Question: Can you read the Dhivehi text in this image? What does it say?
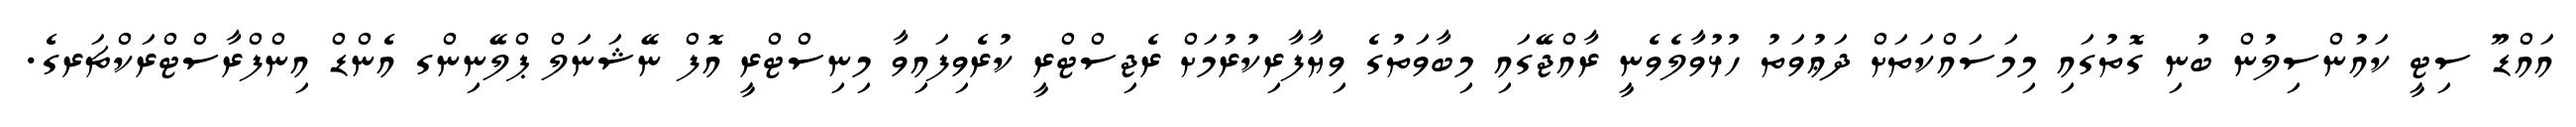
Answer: އައްޑޫ ސިޓީ ކައުންސިލުން ބުނި ގޮތުގައި މިމަސައްކަތަށް ދަޢުވަތު ހުޅުވާލެވެނީ ރާއްޖޭގައި މިބާވަތުގެ ވިޔާފާރިކުރުމަށް ރެޖިސްޓްރީ ކުރެވިފައިވާ މިނިސްޓްރީ އޮފް ނޭޝަނަލް ޕްލޭނިންގ އެންޑް އިންފްރާސްޓްރަކްޗަރގެ.